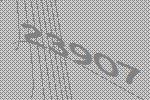
23907